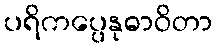
ပရိကပ္ပေနုဓာဝိတာ